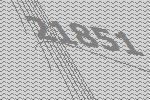
21851